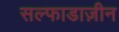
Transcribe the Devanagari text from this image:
सल्फाडाज़ीन